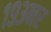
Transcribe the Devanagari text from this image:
१९३नर